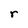
Character: r